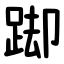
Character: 踋